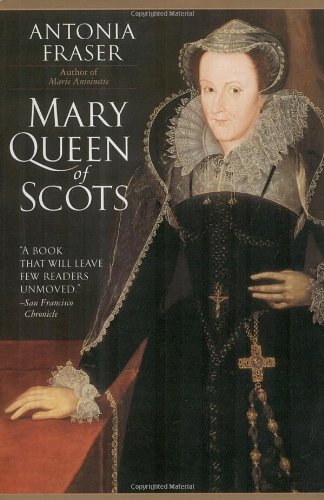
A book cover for Mary Queen of Scots; Antonia Fraser; Biographies & Memoirs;